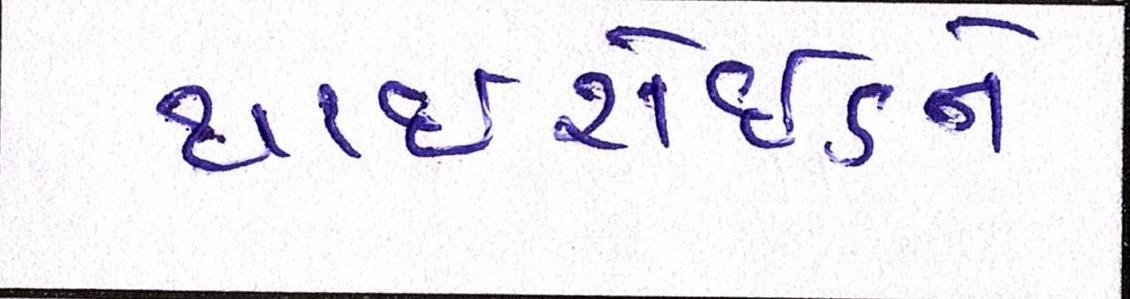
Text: થાઈરોઈડને